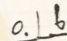
0 . 1 6